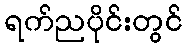
ရက်ညပိုင်းတွင်